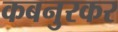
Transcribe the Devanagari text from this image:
कबनुरकर